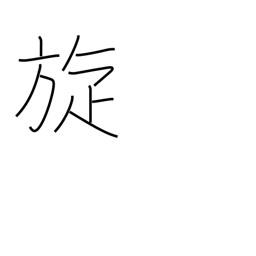
Meaning: rotation